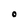
Character: 0